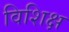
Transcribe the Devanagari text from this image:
विशिक्ष